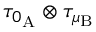
\tau _ { 0 _ { \mathrm { A } } } \otimes \tau _ { \mu _ { \mathrm { B } } }